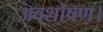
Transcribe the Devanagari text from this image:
अवशोषण।